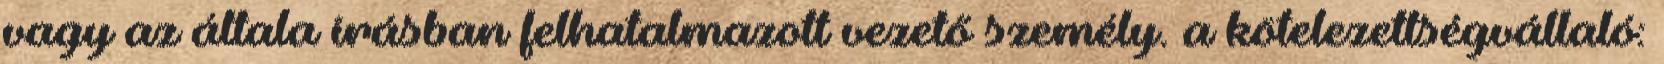
vagy az általa írásban felhatalmazott vezető személy. a kötelezettségvállaló: